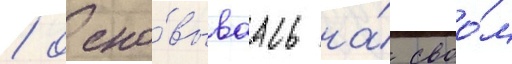
/ осно́вываась на́ своо́м